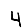
Digit: 4